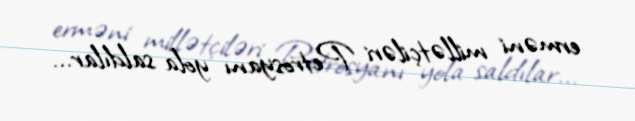
erməni millətçiləri Petrosyanı yola saldılar...